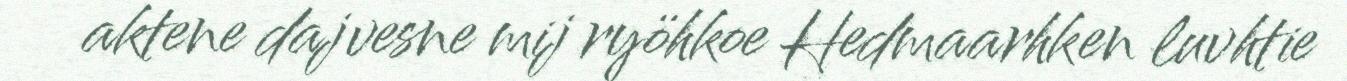
aktene dajvesne mij ryöhkoe Hedmaarhken luvhtie